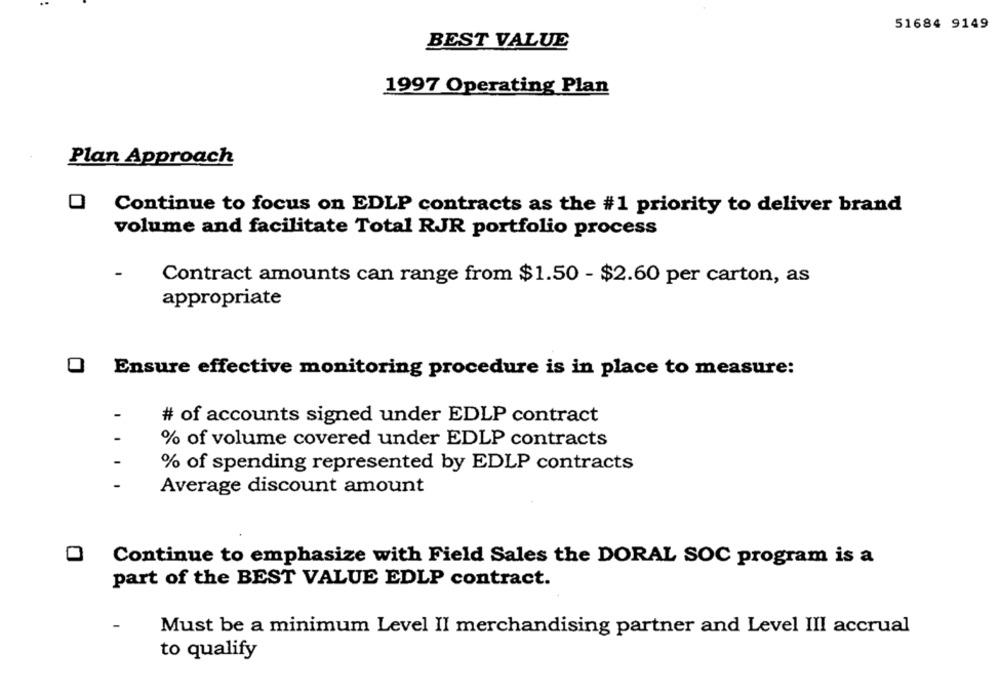
51684 9149
BEST VALUE
1997 Operating Plan
Plan Approach
O Continue to focus on EDLP contracts as the #1 priority to deliver brand
volume and facilitate Total RJR portfolio process
Contract amounts can range from $1.50 - $2.60 per carton, as
appropriate
O Ensure effective monitoring procedure is in place to measure:
# of accounts signed under EDLP contract
% of volume covered under EDLP contracts
% of spending represented by EDLP contracts
Average discount amount
Continue to emphasize with Field Sales the DORAL SOC program is a
part of the BEST VALUE EDLP contract.
Must be a minimum Level II merchandising partner and Level III accrual
to qualify